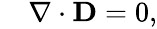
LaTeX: \begin{array}{rl}{\small}&{{}\nabla\cdot\textbf{D}=0,}\end{array}